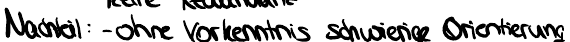
Nachteil: - ohne Vorkenntnis schwierige Orientierung